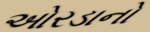
ઓરડાનો